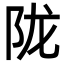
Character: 陇